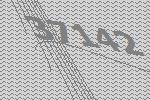
37142